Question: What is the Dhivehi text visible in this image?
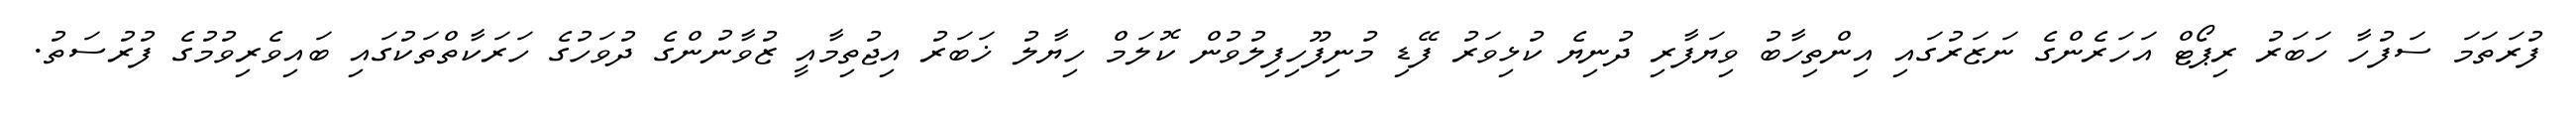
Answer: ފުރަތަމަ ސަފުހާ ހަބަރު ރިޕޯޓް އަހަރެންގެ ނަޒަރުގައި އިންތިހާބު ވިޔަފާރި ދުނިޔެ ކުޅިވަރު ފޭޑި މުނިފޫހިފިލުވުން ކޮލަމް ހިޔާލު ޚަބަރު އިޖުތިމާއީ ޒުވާނުންގެ ދުވަހުގެ ހަރަކާތްތަކުގައި ބައިވެރިވުމުގެ ފުރުސަތު.